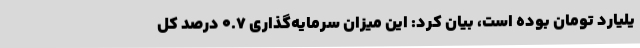
یلیارد تومان بوده است، بیان کرد: این میزان سرمایه‌گذاری 0.7 درصد کل